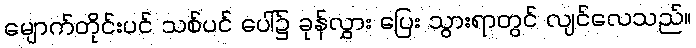
မျောက်တိုင်းပင် သစ်ပင် ပေါ်၌ ခုန်လွှား ပြေး သွားရာတွင် လျင်လေသည်။